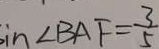
i n \angle B A F = \frac { 3 } { 5 }